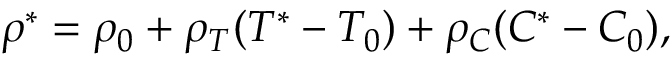
\rho ^ { * } = \rho _ { 0 } + \rho _ { T } ( T ^ { * } - T _ { 0 } ) + \rho _ { C } ( C ^ { * } - C _ { 0 } ) ,